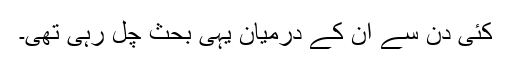
کئی دن سے ان کے درمیان یہی بحث چل رہی تھی۔